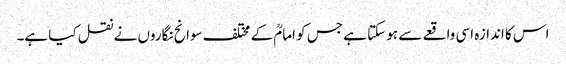
اس کا اندازہ اسی واقعے سے ہو سکتا ہے جس کو امامؒ کے مختلف سوانح نگاروں نے نقل کیا ہے۔